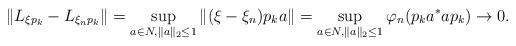
LaTeX: \begin{align*}\| L_{\xi p_k} - L_{\xi_n p_k} \| = \sup_{a \in N, \| a \|_2 \leq 1} \| (\xi - \xi_n) p_k a \| = \sup_{a \in N, \| a \|_2 \leq 1} \varphi_n( p_k a^*a p_k ) \to 0.\end{align*}